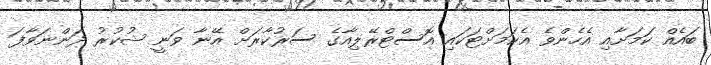
ބައެއް ކަމަށާއި އެހެންވެ އެކަމަށްޓަކައި އޮސްޓްރޭލިއާގެ ސަރުކާރަށް އޭނާ ވަނީ ޝުކުރު ދަންނަވާފަ